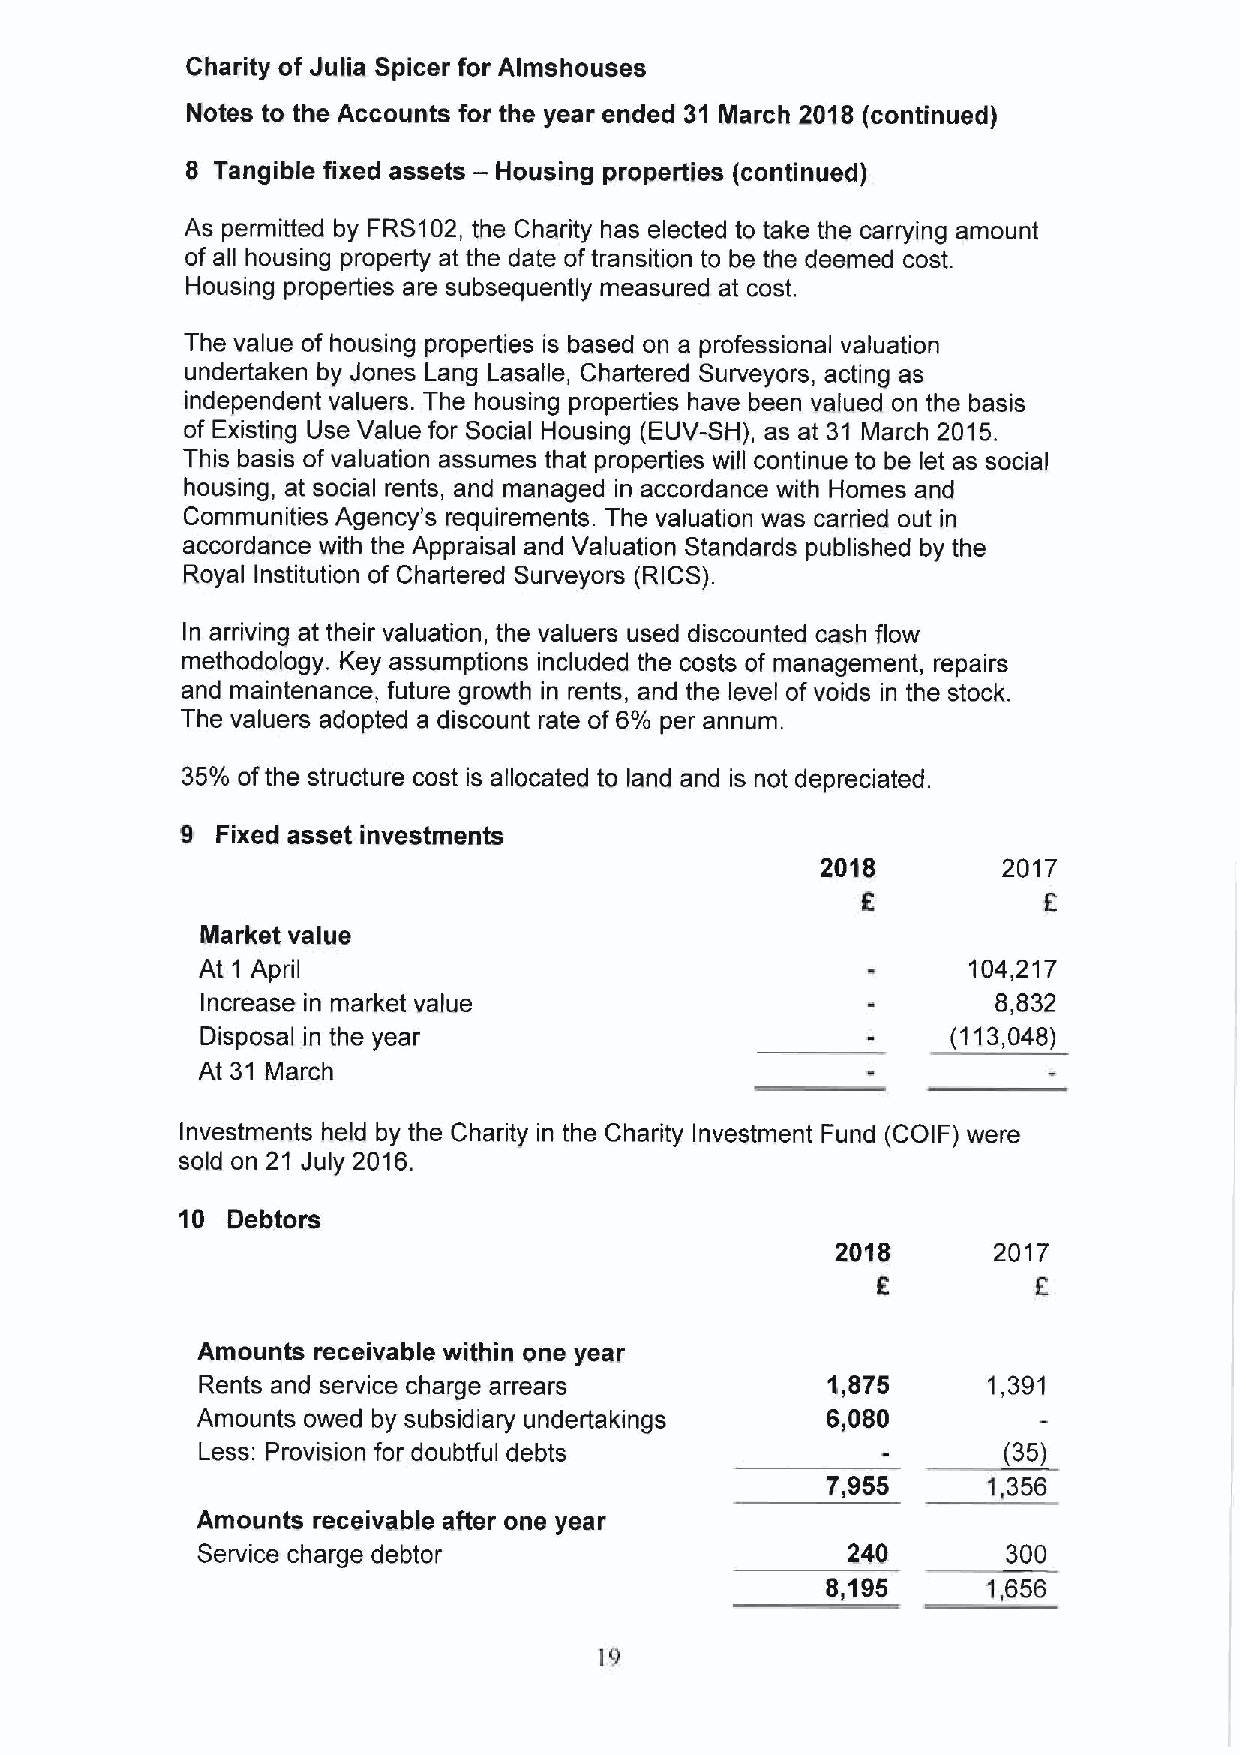
Charity of Julia Spicer for Almshouses
 Notes to the Accounts for the year ended 31 March 2018 (continued)
 8 Tangible fixed assets — Housing properties (continued)
 As permitted by FRS102, the Charity has elected to take the carrying amount
 of all housing property at the date oftransition to be the deemed cost.
 Housing properties are subsequently measured at cost.
 The value of housing properties is based on a professional valuation
 undertaken by Jones Lang Lasalle, Chartered Surveyors, acting as
 independent valuers. The housing properties have been valued on the basis
 of Existing Use Value for Social Housing (EUV-SH), as at 31 March 2015.
 This basis of valuation assumes that properties will continue to be let as social
 housing, at social rents, and managed in accordance with Homes and
 Communities Agency's requirements. The valuation was carried out in
 accordance with the Appraisal and Valuation Standards published by the
 Royal Institution of Chartered Surveyors (RICS).
 In arriving at their valuation, the valuers used discounted cash flow
 methodology. Key assumptions included the costs of management, repairs
 and maintenance, future growth in rents, and the level of voids in the stock.
 The valuers adopted a discount rate of6% per annum.
 35%ofthe structure cost is allocated to land and is not depreciated.
 9 Fixed asset investments
 2018        2017
 Market value
 At 1 April                                         104,217
 Increase in market value                             6,832
 Disposal in the year                              (113,048)
 At 31 March
 Investments held by the Charity in the Charity Investment Fund (COIF) were
 sold on 21 July 2016.
 10 Debtors
 2018       2017
 F.         f.
 Amounts receivable within one year
 Rents and service charge arrears          1,876     1,391
 Amounts owed by subsidiary undertakings   6,080
 Less: Provision for doubtful debts                   (35)
 7,965     1,356
 Amounts receivable after one year
 Service charge debtor                      240        300
 8,195     1,656